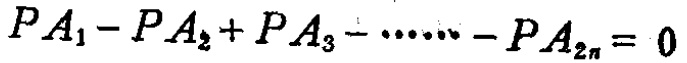
\(PA_{1}-PA_{2}+PA_{3}-\cdots -PA_{2n}=0\)